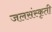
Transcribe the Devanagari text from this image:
जलसंस्कृती